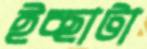
ইচ্ছাটা